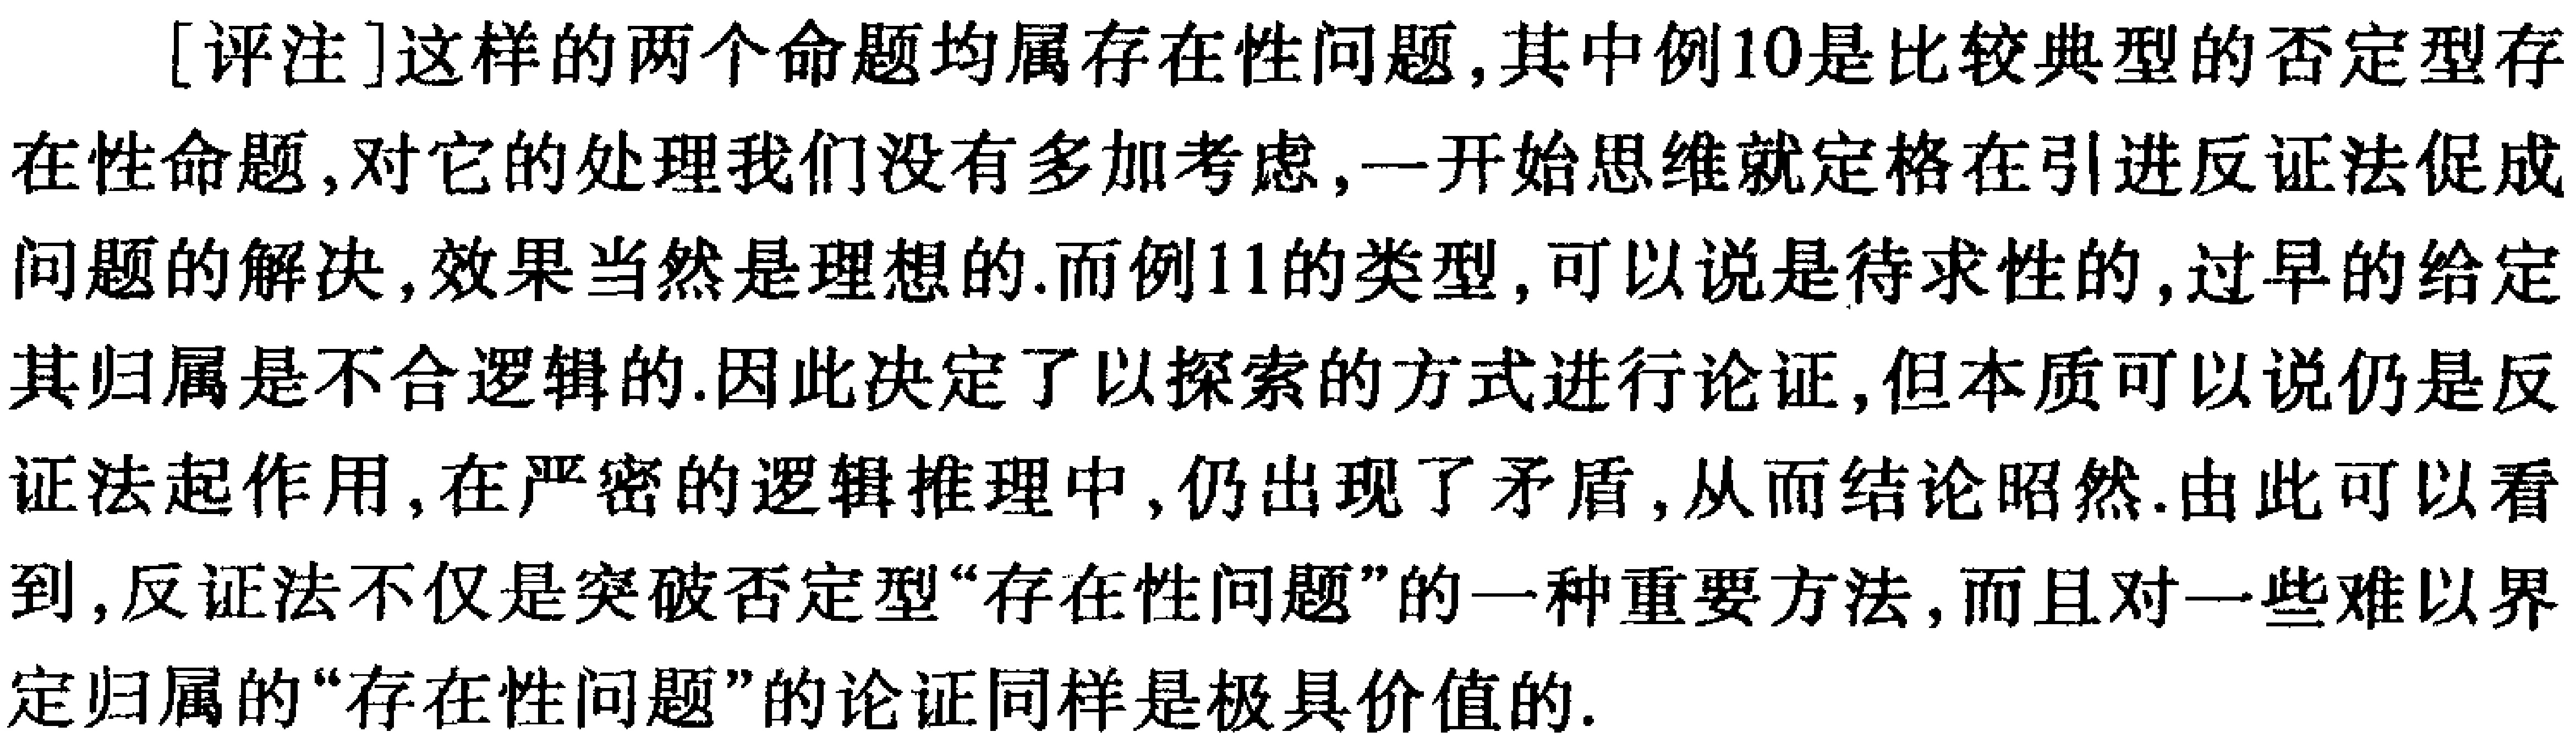
[评注]这样的两个命题均属存在性问题,其中例10是比较典型的否定型存在性命题,对它的处理我们没有多加考虑,一开始思维就定格在引进反证法促成问题的解决,效果当然是理想的.而例11的类型,可以说是待求性的,过早的给定其归属是不合逻辑的.因此决定了以探索的方式进行论证,但本质可以说仍是反证法起作用,在严密的逻辑推理中,仍出现了矛盾,从而结论昭然.由此可以看到,反证法不仅是突破否定型“存在性问题”的一种重要方法,而且对一些难以界定归属的“存在性问题”的论证同样是极具价值的.